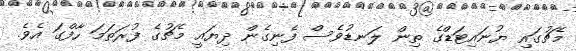
މެޗުގައި ޔުނައިޓަޑްގެ ތިން ލަނޑުވެސް ފެނިގެން ދިޔައީ މެޗުގެ ފުރަތަމަ ހާފްގަ އެވެ.